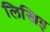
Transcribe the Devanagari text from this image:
लिखिइ